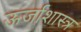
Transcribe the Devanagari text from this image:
ऊर्जाशास्त्र